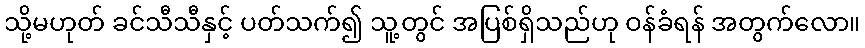
သို့မဟုတ် ခင်သီသီနှင့် ပတ်သက်၍ သူ့တွင် အပြစ်ရှိသည်ဟု ဝန်ခံရန် အတွက်လော။